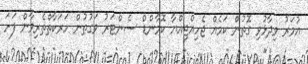
އުމަރު ވިދާޅުވި ގޮތުން ކަމެއް ޖެހިއްޖިއްޔާ ކޮމާންޑް ސެންޓަރު ވަގުތުން ހަރަކާތްތެރިވާން ފަށަ